255_413270_UFO's_and_Defense_What_Should_we_Prepare_For
Agency: NASA
Page 30
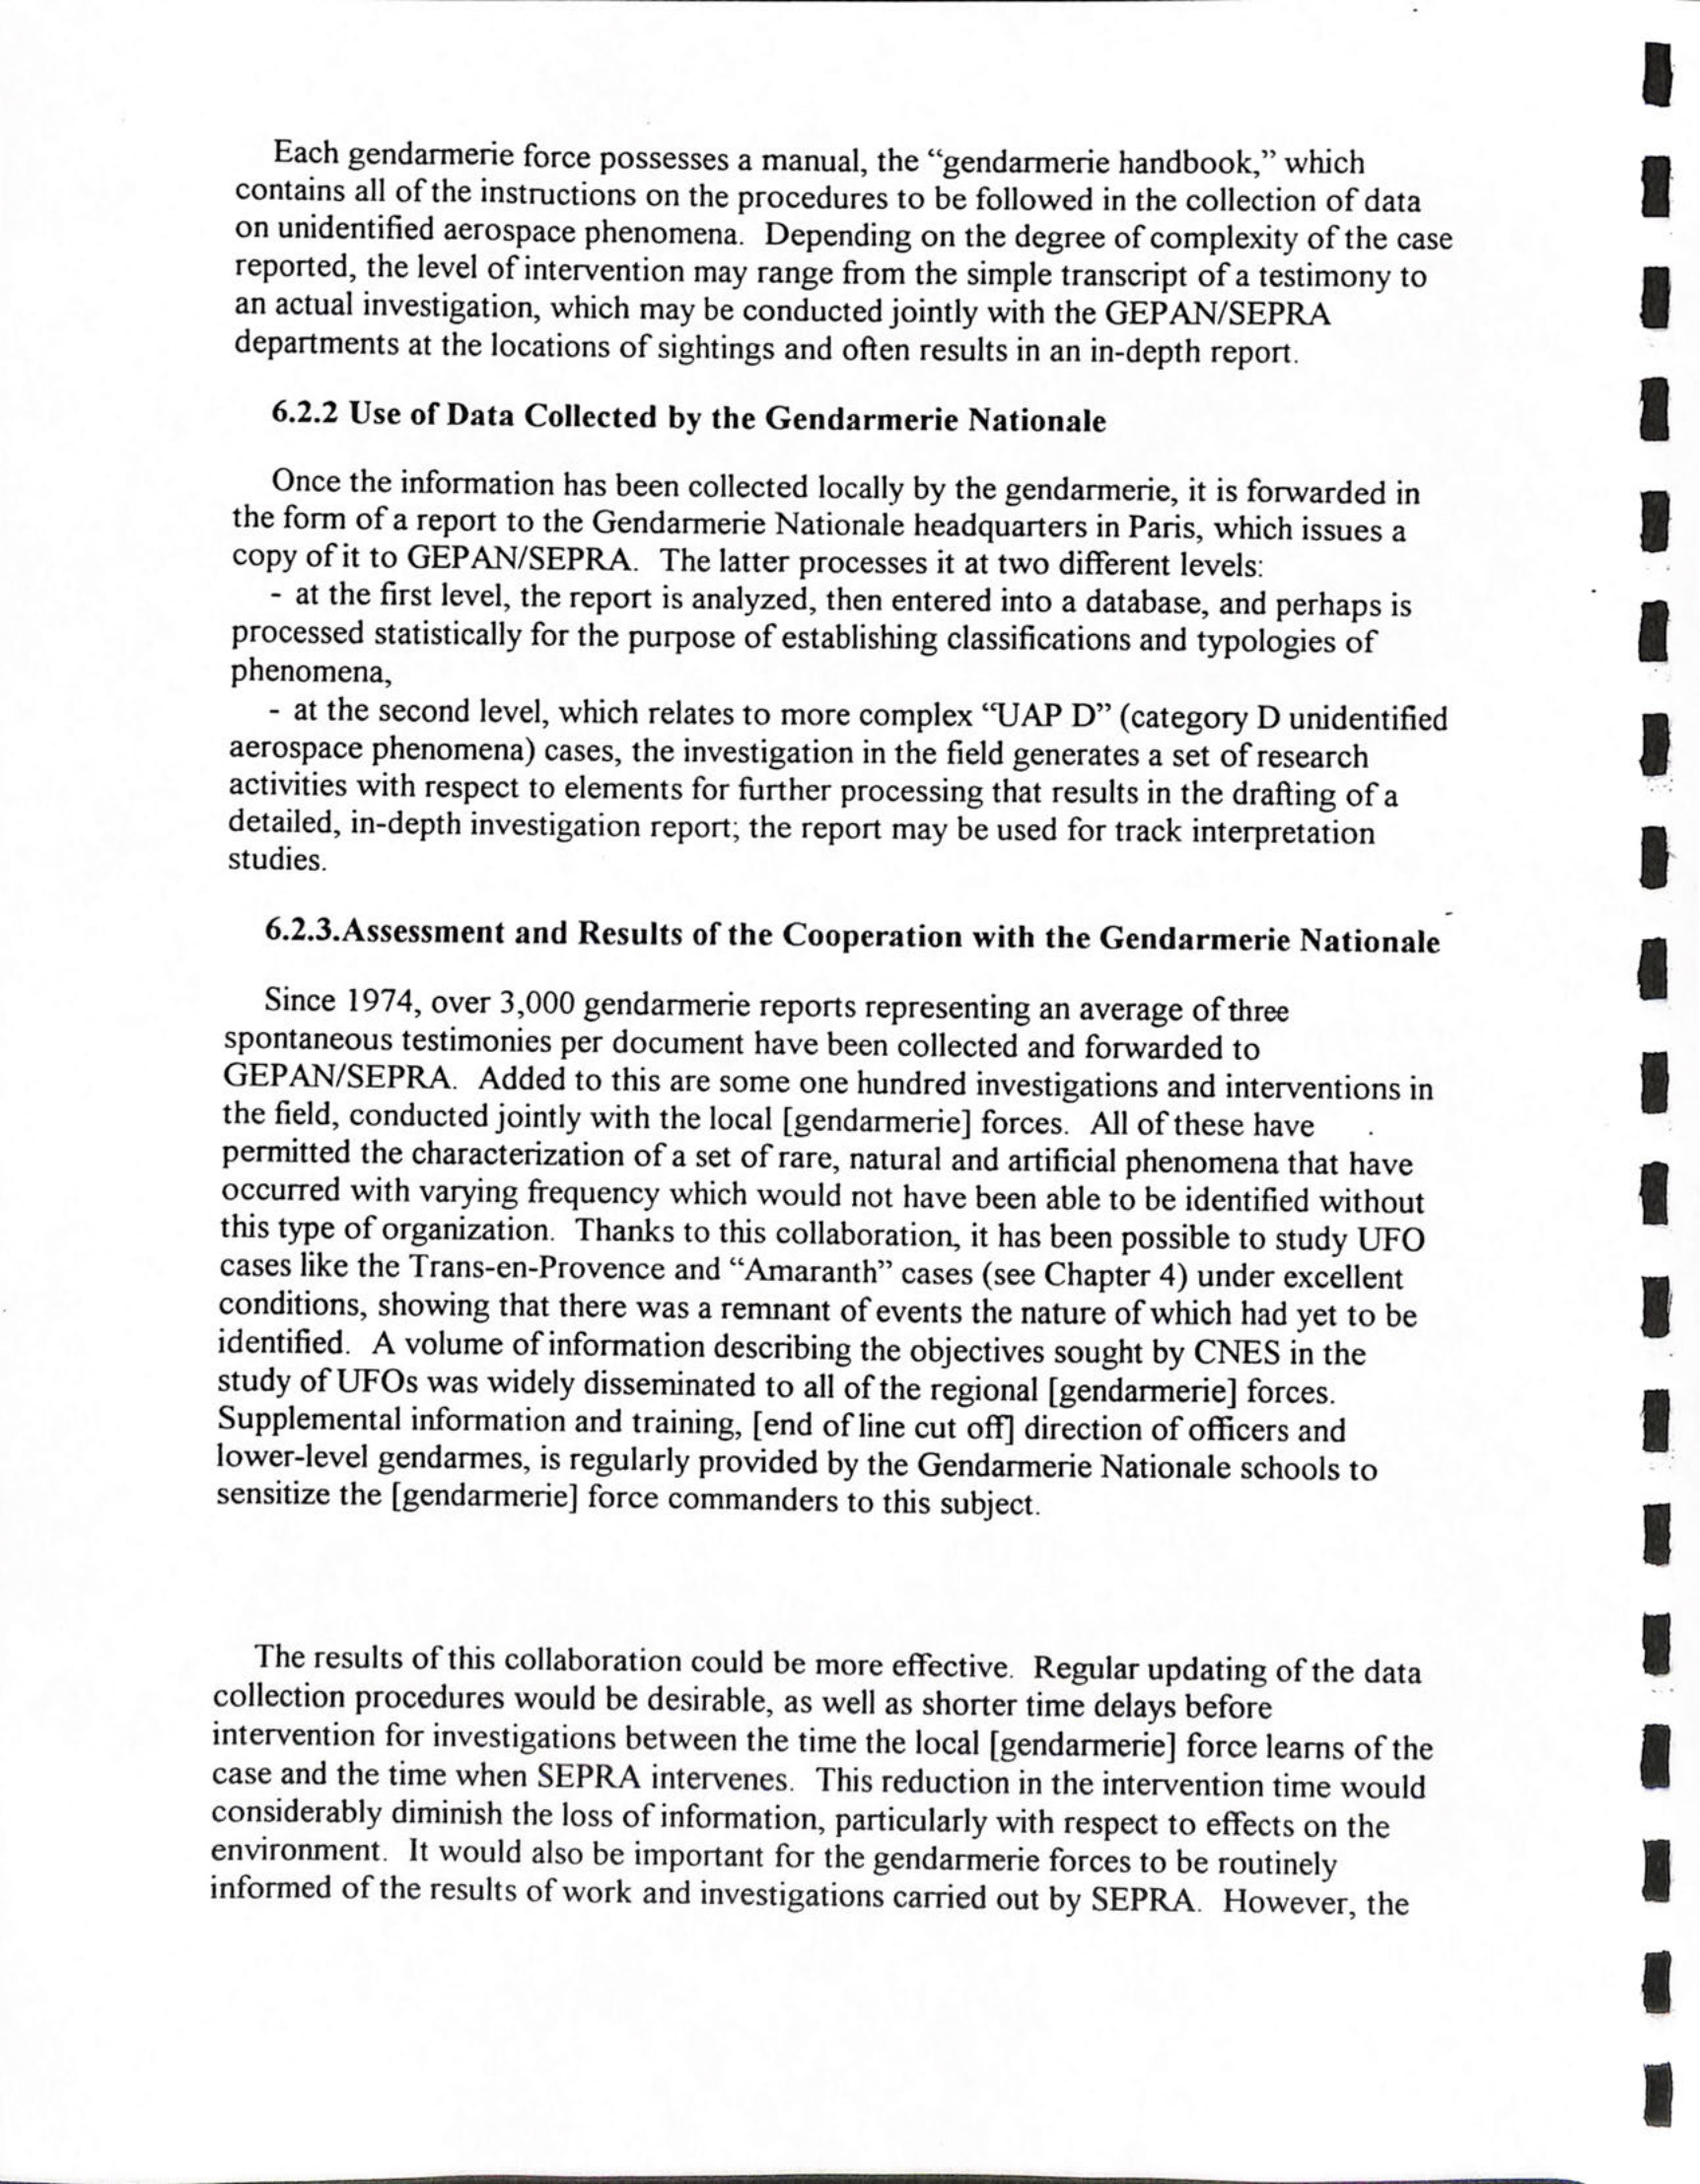